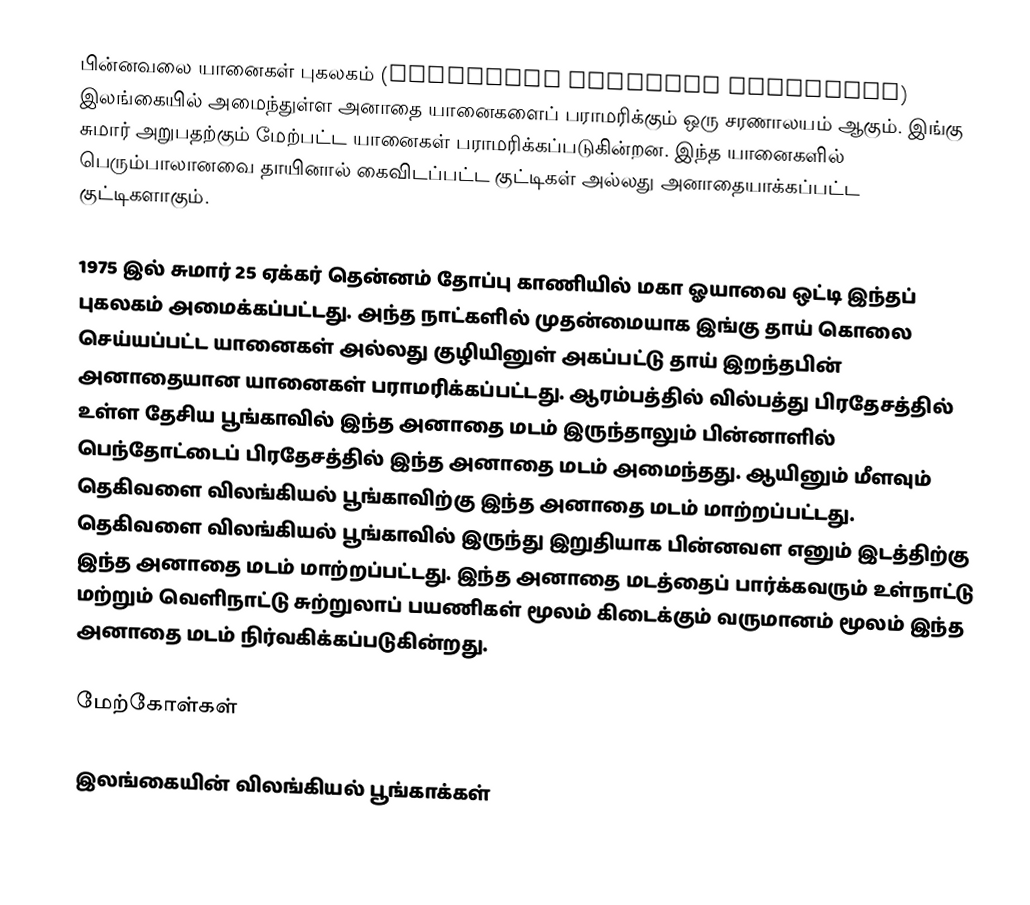
பின்னவலை யானைகள் புகலகம் (Pinnawala Elephant Orphanage) இலங்கையில் அமைந்துள்ள அனாதை யானைகளைப் பராமரிக்கும் ஒரு சரணாலயம் ஆகும். இங்கு சுமார் அறுபதற்கும் மேற்பட்ட யானைகள் பராமரிக்கப்படுகின்றன. இந்த யானைகளில் பெரும்பாலானவை தாயினால் கைவிடப்பட்ட குட்டிகள் அல்லது அனாதையாக்கப்பட்ட குட்டிகளாகும்.

1975 இல் சுமார் 25 ஏக்கர் தென்னம் தோப்பு காணியில் மகா ஓயாவை ஒட்டி இந்தப் புகலகம் அமைக்கப்பட்டது. அந்த நாட்களில் முதன்மையாக இங்கு தாய் கொலை செய்யப்பட்ட யானைகள் அல்லது குழியினுள் அகப்பட்டு தாய் இறந்தபின் அனாதையான யானைகள் பராமரிக்கப்பட்டது. ஆரம்பத்தில் வில்பத்து பிரதேசத்தில் உள்ள தேசிய பூங்காவில் இந்த அனாதை மடம் இருந்தாலும் பின்னாளில் பெந்தோட்டைப் பிரதேசத்தில் இந்த அனாதை மடம் அமைந்தது. ஆயினும் மீளவும் தெகிவளை விலங்கியல் பூங்காவிற்கு இந்த அனாதை மடம் மாற்றப்பட்டது. தெகிவளை விலங்கியல் பூங்காவில் இருந்து இறுதியாக பின்னவள எனும் இடத்திற்கு இந்த அனாதை மடம் மாற்றப்பட்டது. இந்த அனாதை மடத்தைப் பார்க்கவரும் உள்நாட்டு மற்றும் வெளிநாட்டு சுற்றுலாப் பயணிகள் மூலம் கிடைக்கும் வருமானம் மூலம் இந்த அனாதை மடம் நிர்வகிக்கப்படுகின்றது.

மேற்கோள்கள்

இலங்கையின் விலங்கியல் பூங்காக்கள்